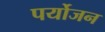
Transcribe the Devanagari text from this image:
पर्योजन